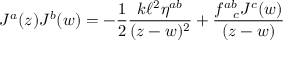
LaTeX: J ^ { a } ( z ) J ^ { b } ( w ) = - \frac { 1 } { 2 } \frac { k \ell ^ { 2 } \eta ^ { a b } } { ( z - w ) ^ { 2 } } + \frac { f _ { ~ ~ c } ^ { a b } J ^ { c } ( w ) } { ( z - w ) }